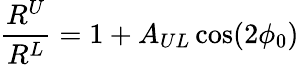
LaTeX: \frac{R^{U}}{R^{L}}=1+A_{UL}\cos(2\phi_{0})